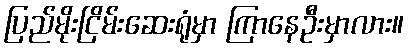
ပြည်မိုးငြိမ်းဆေးရုံမှာ ကြာနေဦးမှာလား။